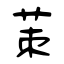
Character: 茦